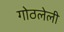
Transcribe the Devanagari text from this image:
गोठलेली